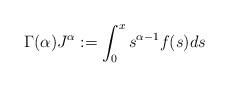
LaTeX: \begin{align*} \Gamma(\alpha)J^\alpha: =\int_0^x s^{\alpha-1} f(s)ds\end{align*}